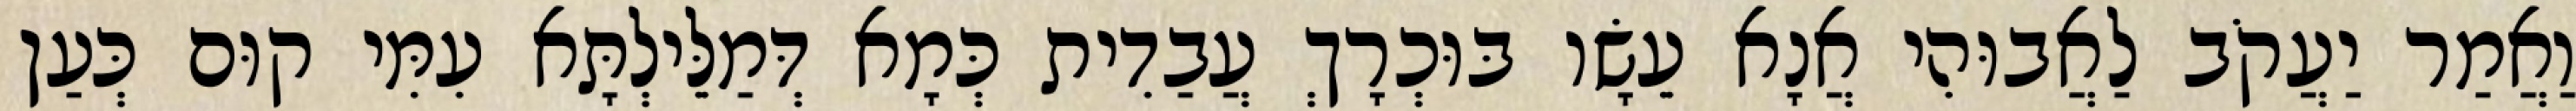
וַאֲמַר יַעֲקֹב לַאֲבוּהִי אֲנָא עֵשָׂו בּוּכְרָךְ עֲבַדִית כְּמָא דְּמַלֵּילְתָּא עִמִּי קוּם כְּעַן